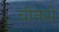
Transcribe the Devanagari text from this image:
चीनसे